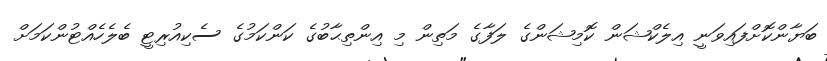
ބަޔާންކޮށްފައިވަނީ އިލެކްޝަން ކޮމިޝަންގެ ލަފާގެ މަތިން މި އިންތިޙާބުގެ ކަންކަމުގެ ސެކިއުރިޓީ ބެލެހެއްޓުންކަމަށް